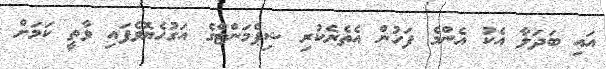
އައި ބަދަލާ އެކު އެންމެ ފަހުން އެތެރެކުރި ޝިޕްމަންޓްގެ އަގުހެޔޮވެފައި ވާތީ ކަމަށް